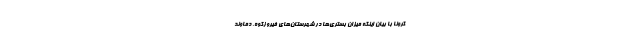
کرونا با بیان اینکه میزان بستری‌ها در شهرستان‌های فیروزکوه، دماوند